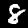
Label: 8